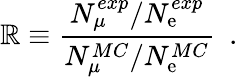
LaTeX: \mathbb{R}\equiv{\frac{{N_{\mu}^{exp}/N_{\mathrm{{e}}}^{exp}}}{{N_{\mu}^{MC}/N_{\mathrm{{e}}}^{MC}}}}\ \ .